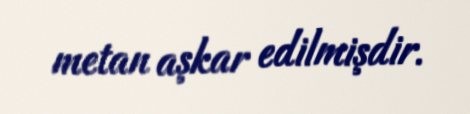
metan aşkar edilmişdir.